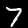
Label: 7